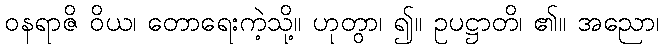
ဝနရာဇိ ဝိယ၊ တောရေးကဲ့သို့။ ဟုတွာ၊ ၍။ ဥပဋ္ဌာတိ၊ ၏။ အညော၊